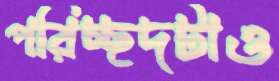
পরিচ্ছদটাও